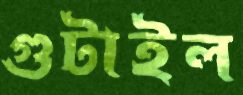
গুটাইল